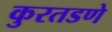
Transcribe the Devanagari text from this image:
कुरतडणे